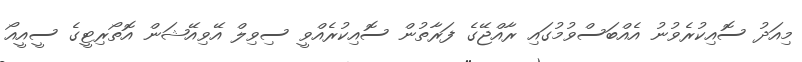
މިއަދު ސޮއިކުރެވުނު އެއްބަސްވުމުގައި ރާއްޖޭގެ ފަރާތުން ސޮއިކުރެއްވީ ސިވިލް އޭވިއޭޝަން އޮތޯރިޓީގެ ސީއީއޯ